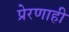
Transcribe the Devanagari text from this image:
प्रेरणाही